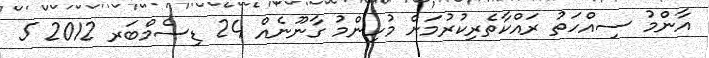
އާންމު ސިއްހަތު ރައްކާތެރިކުރުމަށް މުހިންމު ގާނޫނެއް 24 ޑިސެމްބަރ 2012 5